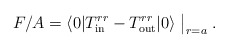
\begin{align*}F/A =\langle 0|T^{rr}_{\rm in}-T^{rr}_{\rm out}|0\rangle\bigm|_{r=a}.\end{align*}